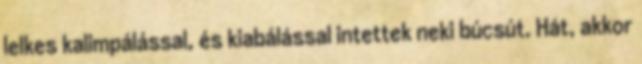
lelkes kalimpálással, és kiabálással intettek neki búcsút. Hát, akkor